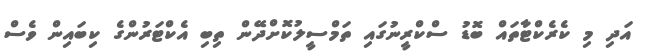
އަދި މި ކެރެކްޓާތައް ބޮޑު ސްކްރީނުގައި ތަމްސީލުކޮށްދޭން ތިބި އެކްޓަރުންގެ ކިބައިން ވެސް